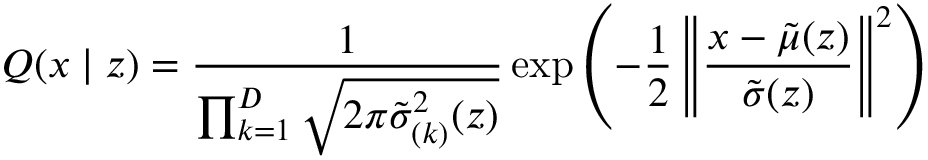
Q ( x \mid z ) = \frac { 1 } { \prod _ { k = 1 } ^ { D } \sqrt { 2 \pi { \tilde { \sigma } } _ { ( k ) } ^ { 2 } ( z ) } } \exp \left( - \frac { 1 } { 2 } \left\| \frac { x - { \tilde { \mu } } ( z ) } { { \tilde { \sigma } } ( z ) } \right\| ^ { 2 } \right)